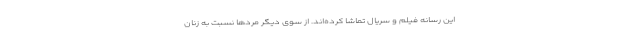
این رسانه فیلم و سریال تماشا کرده­اند. از سوی دیگر مردها نسبت به زنان